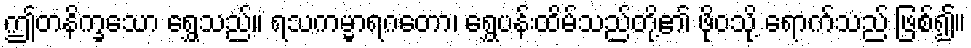
ဤတနိက္ခသော ရွှေသည်။ ရသကမ္မာရဂတော၊ ရွှေပန်းထိမ်သည်တို့၏ ဖိုဝသို့ ရောက်သည် ဖြစ်၍။